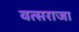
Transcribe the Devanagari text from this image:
वत्सराजा